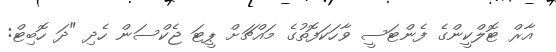
އާރް ޓޮލްކީންގެ ފެންޓަސީ ވާހަކަފޮތުގެ މައްޗަށް ޕީޓަ ޖެކްސަން ހެދި "ދަ ހޮބިޓް: